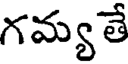
గమ్య తే